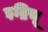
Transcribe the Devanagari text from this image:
इद्रिसू